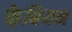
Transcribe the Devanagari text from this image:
फे़बियन